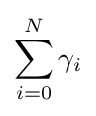
\sum _{i=0}^{N}\gamma _{i}